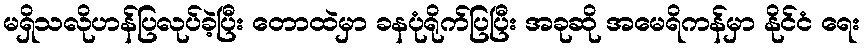
မရှိသလိုဟန်ပြလုပ်ခဲ့ပြီး တောထဲမှာ ခနပုံရိုက်ပြပြီး အခုဆို အမေရိကန်မှာ နိုင်ငံ ရေး